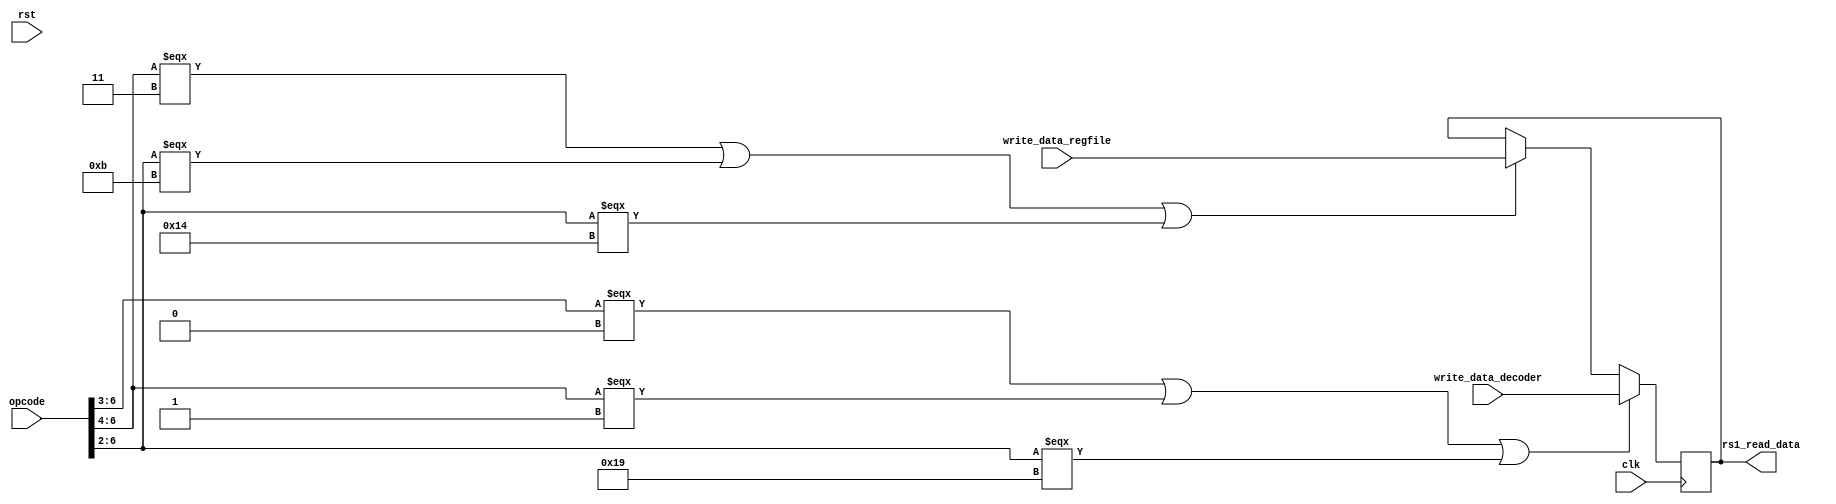
module rs1_register(clk,rst, opcode, write_data_decoder, write_data_regfile, rs1_read_data);

input clk,rst;
input [6:0] opcode;                 //check if is_r, is_i possible

output [31:0] rs1_read_data;

input [31:0] write_data_regfile,write_data_decoder;

reg [31:0] mem;

always @(posedge clk) begin

if(opcode[6:3] === 4'b0000||             //i type check
   opcode[6:4] === 3'b001||
   opcode[6:2] === 5'b11001) 
mem <= write_data_decoder;

else if(opcode[6:4] === 3'b011||         //r type check
        opcode[6:2] === 5'b01011||
        opcode[6:2] === 5'b10100)
mem <= write_data_regfile;

end

assign rs1_read_data = mem;

endmodule